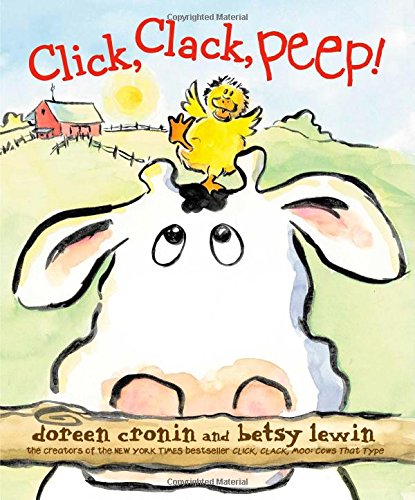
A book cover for Click, Clack, Peep!; Doreen Cronin; Children's Books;